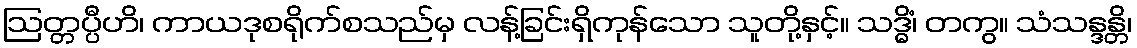
ဩတ္တပ္ပီဟိ၊ ကာယဒုစရိုက်စသည်မှ လန့်ခြင်းရှိကုန်သော သူတို့နှင့်။ သဒ္ဓိံ၊ တကွ။ သံသန္ဒန္တိ၊